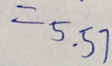
= 5 . 5 7